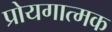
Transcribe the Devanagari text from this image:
प्रोयगात्मक